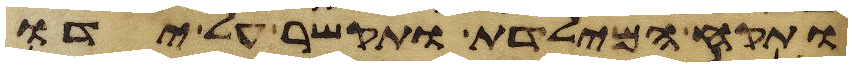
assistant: ותקח המילדת ותקשר על ידו